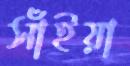
সাঁইয়া